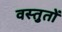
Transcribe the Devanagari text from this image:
वस्तुतों